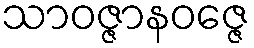
သာဝဇ္ဇာနဝဇ္ဇေ